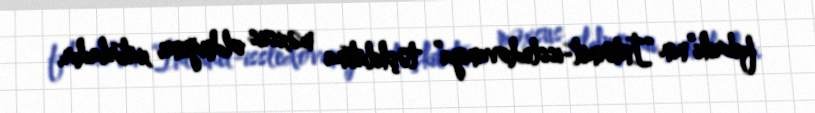
fabriki”nin “İnternet-issledovaniya” təşkilatına məxsus olduğunu xatırladır.